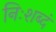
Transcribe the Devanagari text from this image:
निःशब्दं